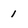
Character: 1